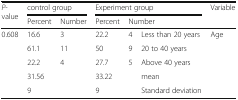
| <ROWSPAN=2> P-value | <COLSPAN=2> control group | <COLSPAN=3> Experiment group | <ROWSPAN=2> Variable |
 | Percent | Number | Percent | <COLSPAN=2> Number |
 | --- | --- | --- | --- | --- | --- | --- |
 | <ROWSPAN=5> 0.608 | 16.6 | 3 | 22.2 | 4 | Less than 20 years | <ROWSPAN=5> Age |
 | 61.1 | 11 | 50 | 9 | 20 to 40 years |
 | 22.2 | 4 | 27.7 | 5 | Above 40 years |
 | <COLSPAN=2> 31.56 | <COLSPAN=2> 33.22 | mean |
 | <COLSPAN=2> 9 | <COLSPAN=2> 9 | Standard deviation |